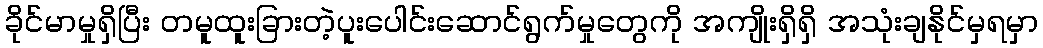
ခိုင်မာမှုရှိပြီး တမူထူးခြားတဲ့ပူးပေါင်းဆောင်ရွက်မှုတွေကို အကျိုးရှိရှိ အသုံးချနိုင်မှရမှာ